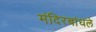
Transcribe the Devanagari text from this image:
मंदिरबांधले